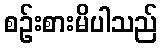
စဉ်းစားမိပါသည်